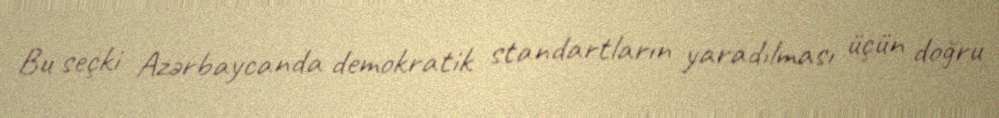
Bu seçki Azərbaycanda demokratik standartların yaradılması üçün doğru